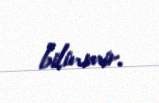
bilinmir.